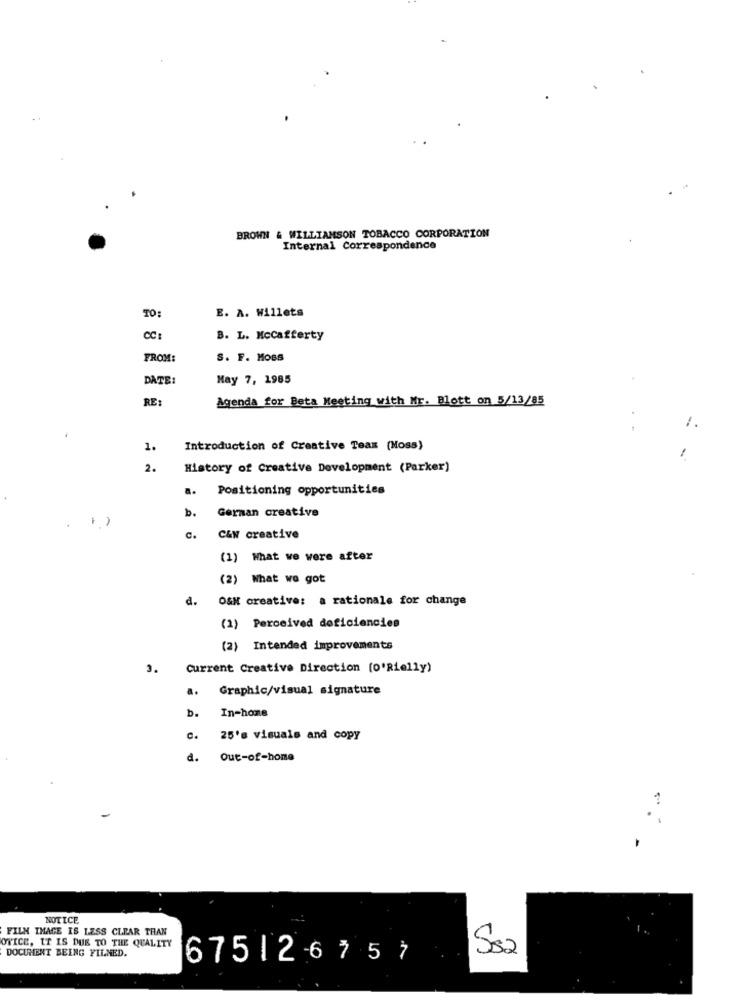
BROWN & WILLIAMSON TOBACCO CORPORATION
Internal Correspondence
TO:
E. A. Willets
8
B. L. Mccafferty
FROM:
S. F. MOBS
DATE:
May 7, 1985
RE:
Agenda for Beta Meeting with Mr. Blott on 5/13/85
1
1.
Introduction of Creative Teax (Moss)
-
2.
History of Creative Development (Parker)
Positioning opportunities
b.
German creative
C&W creative
(1) What we were after
(2) What we got
d.
O&N creative: a rationale for change
(1) Perceived deficiencies
(2) Intended improvements
2.
Current Creative Direction (0'Rielly)
a. Graphic/visual signature
In-home
b.
c.
25's visuals and copy
d.
Out-of-home
?
NOTICE,
FILM IMAGE IS LESS CLEAR THAN
OVICE, IT IS DUE TO THE QUALITY
DOCUMENT BEING FILMED.
675126757